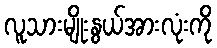
လူသားမျိုးနွယ်အားလုံးကို